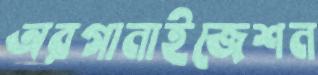
অরগানাইজেশন